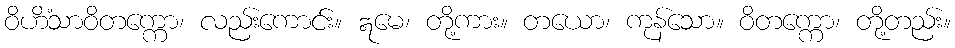
ဝိဟိံသာဝိတက္ကော၊ လည်းကောင်း။ ဣမေ၊ တို့ကား။ တယော၊ ကုန်သော။ ဝိတက္ကော၊ တို့တည်း။